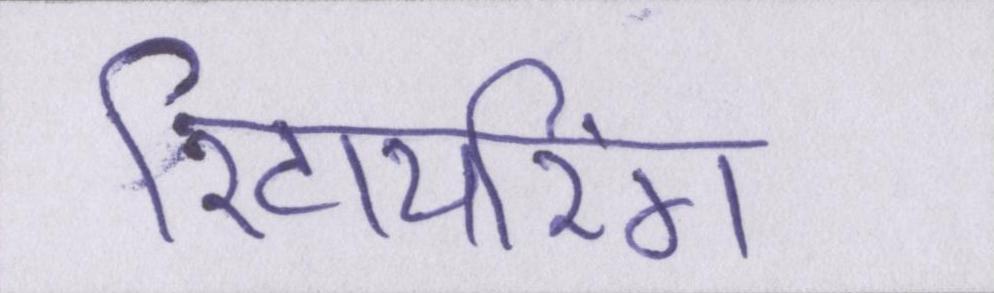
रिटायरिंग